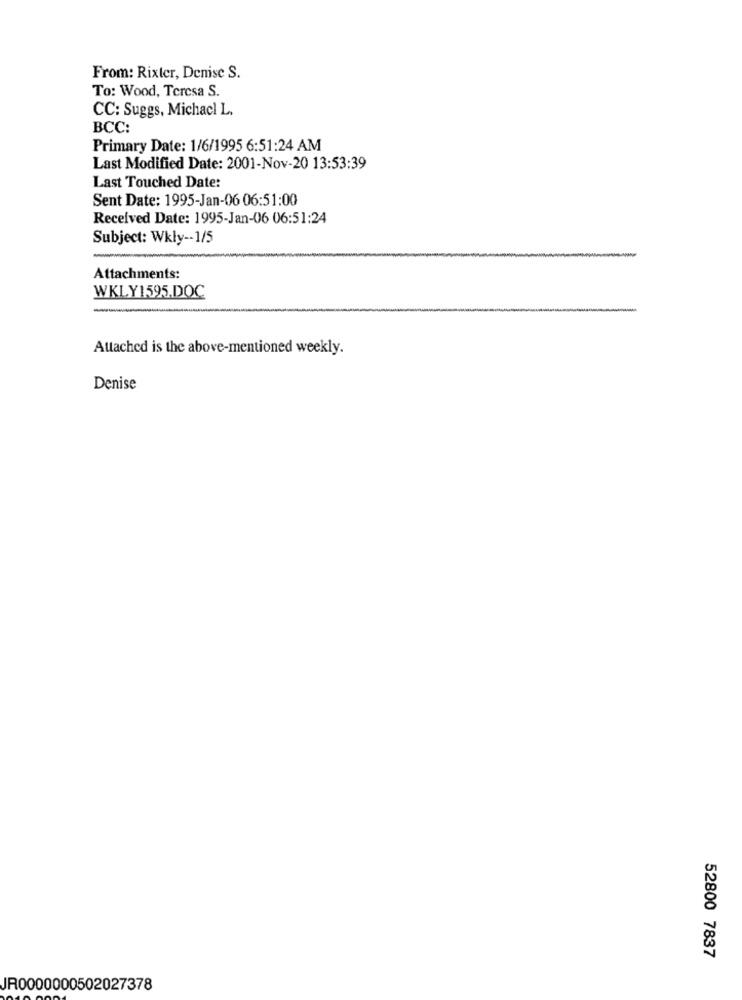
From: Rixter, Denise S.
To: Wood, Teresa S.
CC: Suggs, Michacl L.
BCC:
Primary Date: 1/6/1995 6:51:24 AM
Last Modified Date: 2001-Nov-20 13:53:39
Last Touched Date:
Sent Date: 1995-Jan-06 06:51:00
Received Date: 1995-Jan-06 06:51:24
Subject: Wkly -- 1/5
Attachments:
WKLY1595.DOC
Attached is the above-mentioned weekly.
Denise
52800 7837
JR0000000502027378